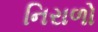
નિરાળો